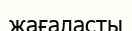
жағаласты